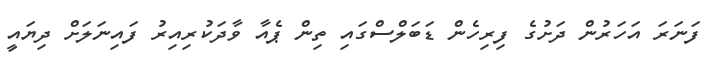
ފަނަރަ އަހަރުން ދަށުގެ ފިރިހެން ޑަބަލްސްގައި ތިން ޕެއާ ވާދަކުރިއިރު ފައިނަލަށް ދިޔައީ